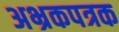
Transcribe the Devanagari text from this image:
अभ्रकपत्रक